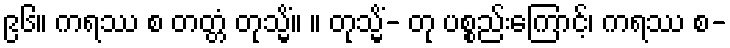
၉၆။ ကရဿ စ တတ္တံ တုသ္မိံ။ ။ တုသ္မိံ- တု ပစ္စည်းကြောင့်၊ ကရဿ စ-